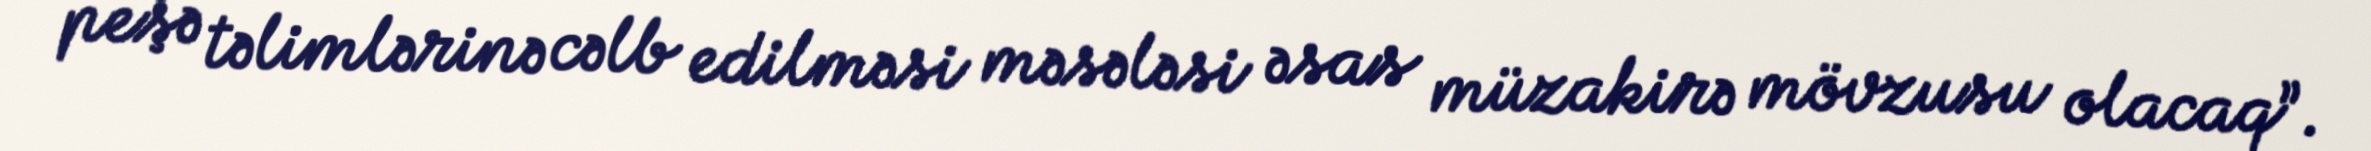
peşə təlimlərinə cəlb edilməsi məsələsi əsas müzakirə mövzusu olacaq”.